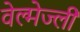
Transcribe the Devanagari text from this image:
वेल्मेज्ली